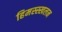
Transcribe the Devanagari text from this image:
हिमस्स्खलन